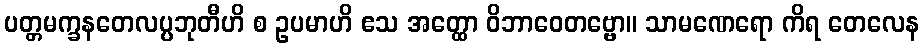
ပတ္တမက္ခနတေလပ္ပဘုတီဟိ စ ဥပမာဟိ ဧသ အတ္ထော ဝိဘာဝေတဗ္ဗော။ သာမဏေရော ကိရ တေလေန